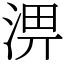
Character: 淠